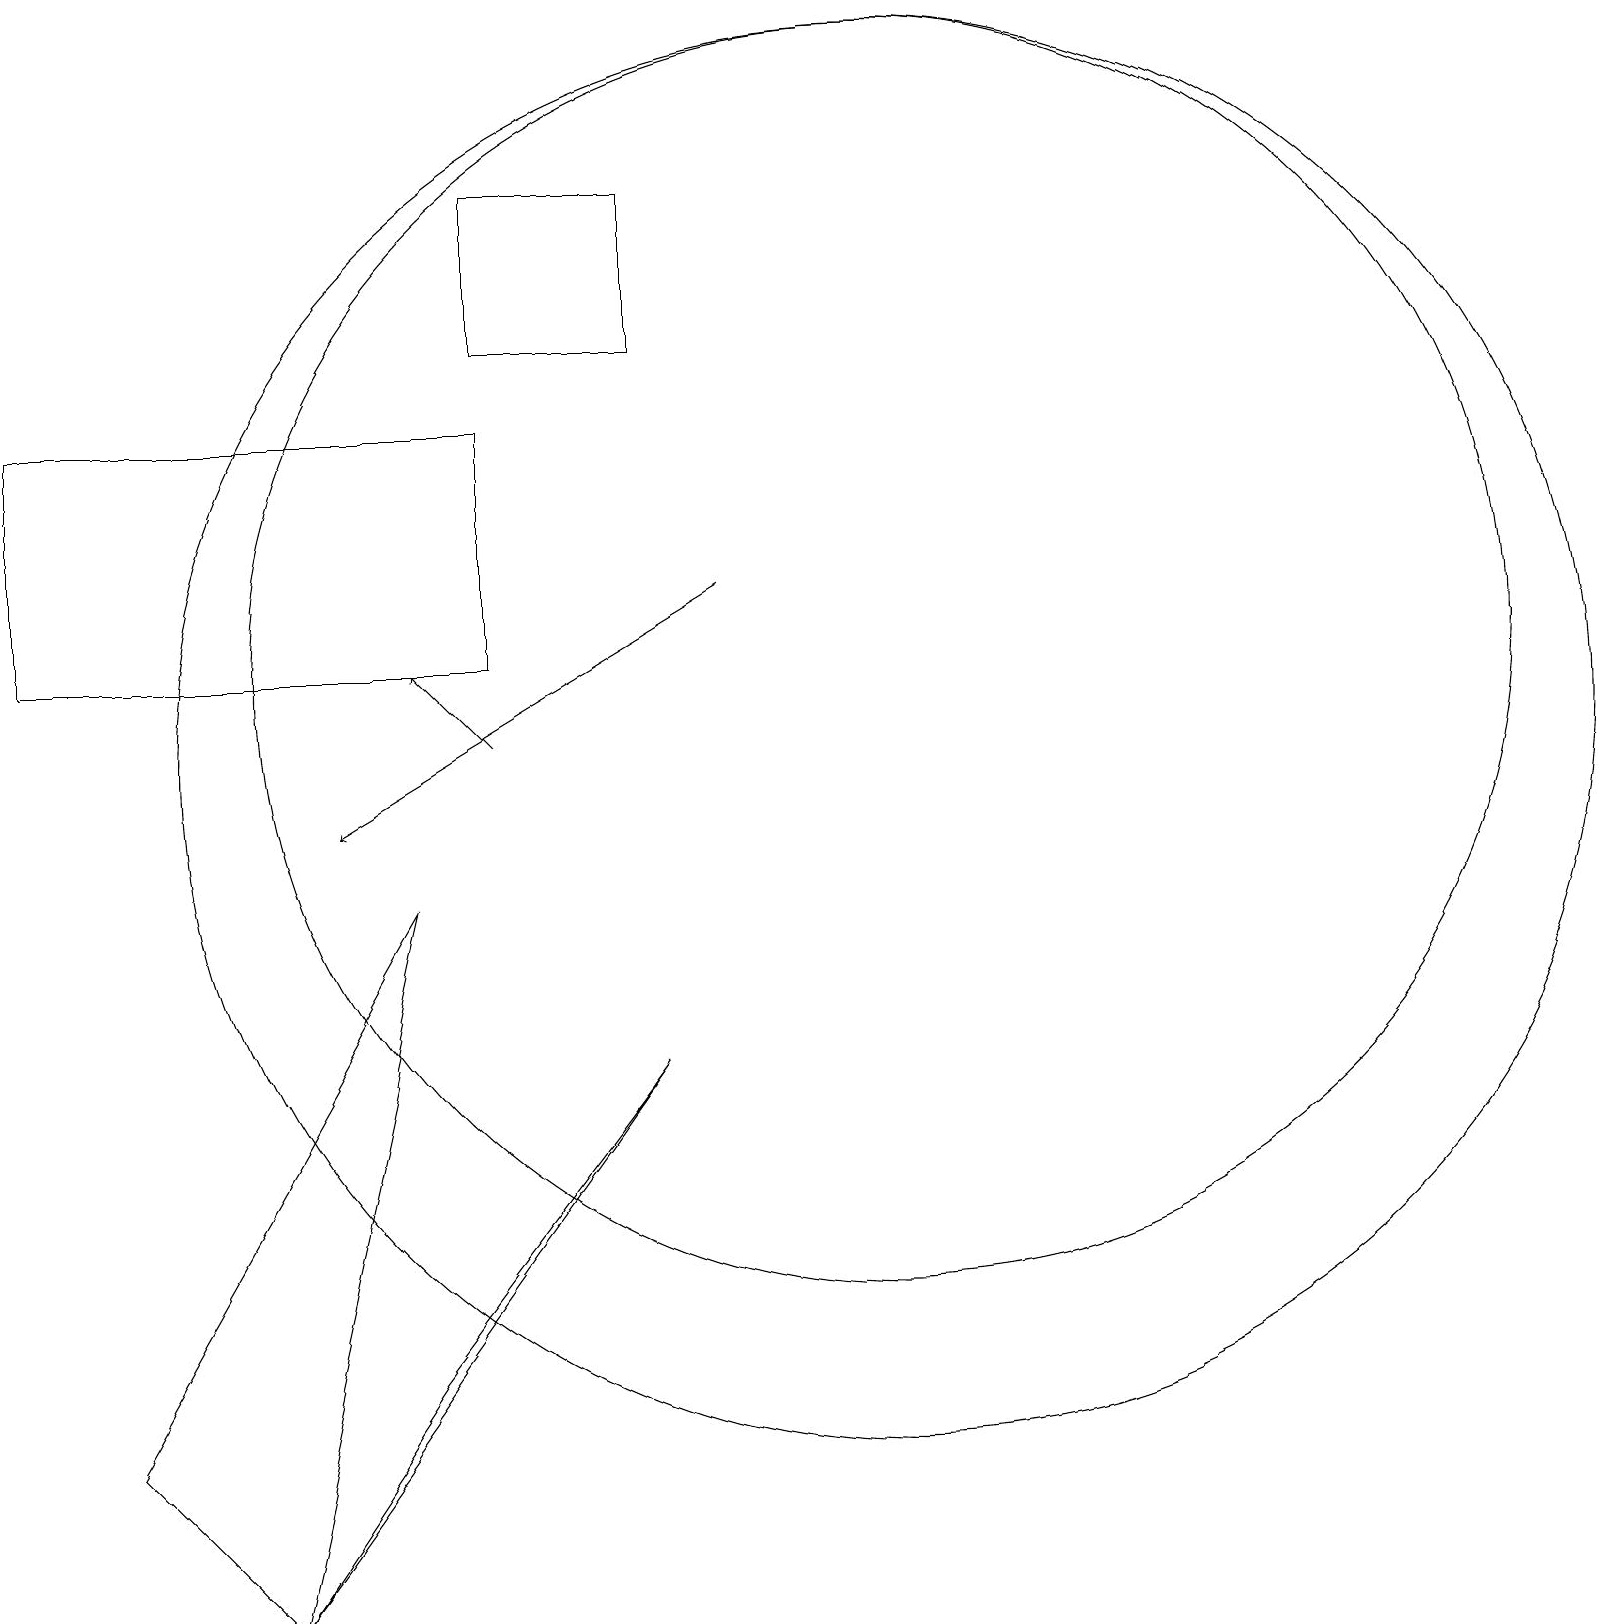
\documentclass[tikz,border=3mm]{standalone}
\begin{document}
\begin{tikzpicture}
\draw (8,7) -- (5,3) -- (3,0) -- cycle;
\draw (8,18) rectangle (6,16);
\draw (0,15) rectangle (6,12);
\draw (5,9) -- (1,2) -- (3,0) -- cycle;
\draw[->] (6,11) -- (5,12);
\draw (11,11) circle (9);
\draw[->] (9,13) -- (4,10);
\draw (11,12) circle (8);
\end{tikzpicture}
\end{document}